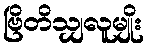
ဗြိတိသျှလူမျိုး